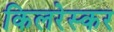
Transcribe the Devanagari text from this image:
किलरेस्कर